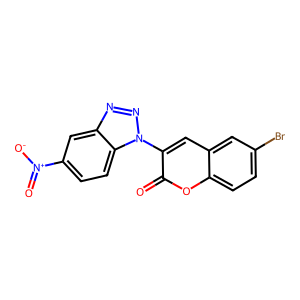
SMILES: O=c1oc2ccc(Br)cc2cc1-n1nnc2cc([N+](=O)[O-])ccc21
Inhibits HIV replication: No